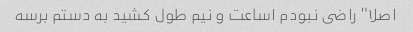
اصلا" راضى نبودم ١ساعت و نیم طول کشید به دستم برسه